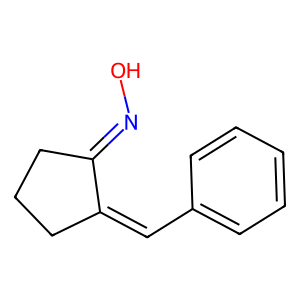
SMILES: ON=C1CCCC1=Cc1ccccc1
Inhibits HIV replication: No